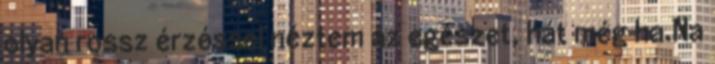
olyan rossz érzéssel néztem az egészet, hát még ha.Na